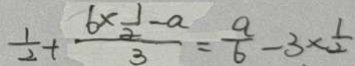
\frac { 1 } { 2 } + \frac { 6 \times \frac { 1 } { 2 } - a } { 3 } = \frac { a } { 6 } - 3 \times \frac { 1 } { 2 }